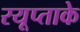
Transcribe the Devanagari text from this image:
रयूप्ताके